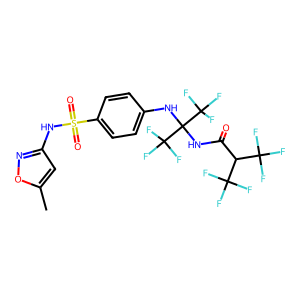
SMILES: Cc1cc(NS(=O)(=O)c2ccc(NC(NC(=O)C(C(F)(F)F)C(F)(F)F)(C(F)(F)F)C(F)(F)F)cc2)no1
Inhibits HIV replication: No